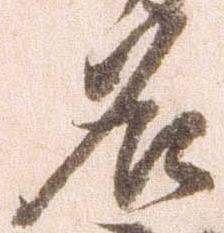
名